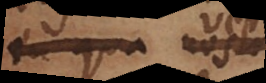
in qua nostrum